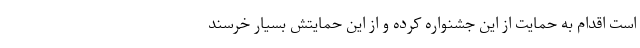
است اقدام به حمایت از این جشنواره کرده و از این حمایتش بسیار خرسند